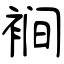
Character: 裥